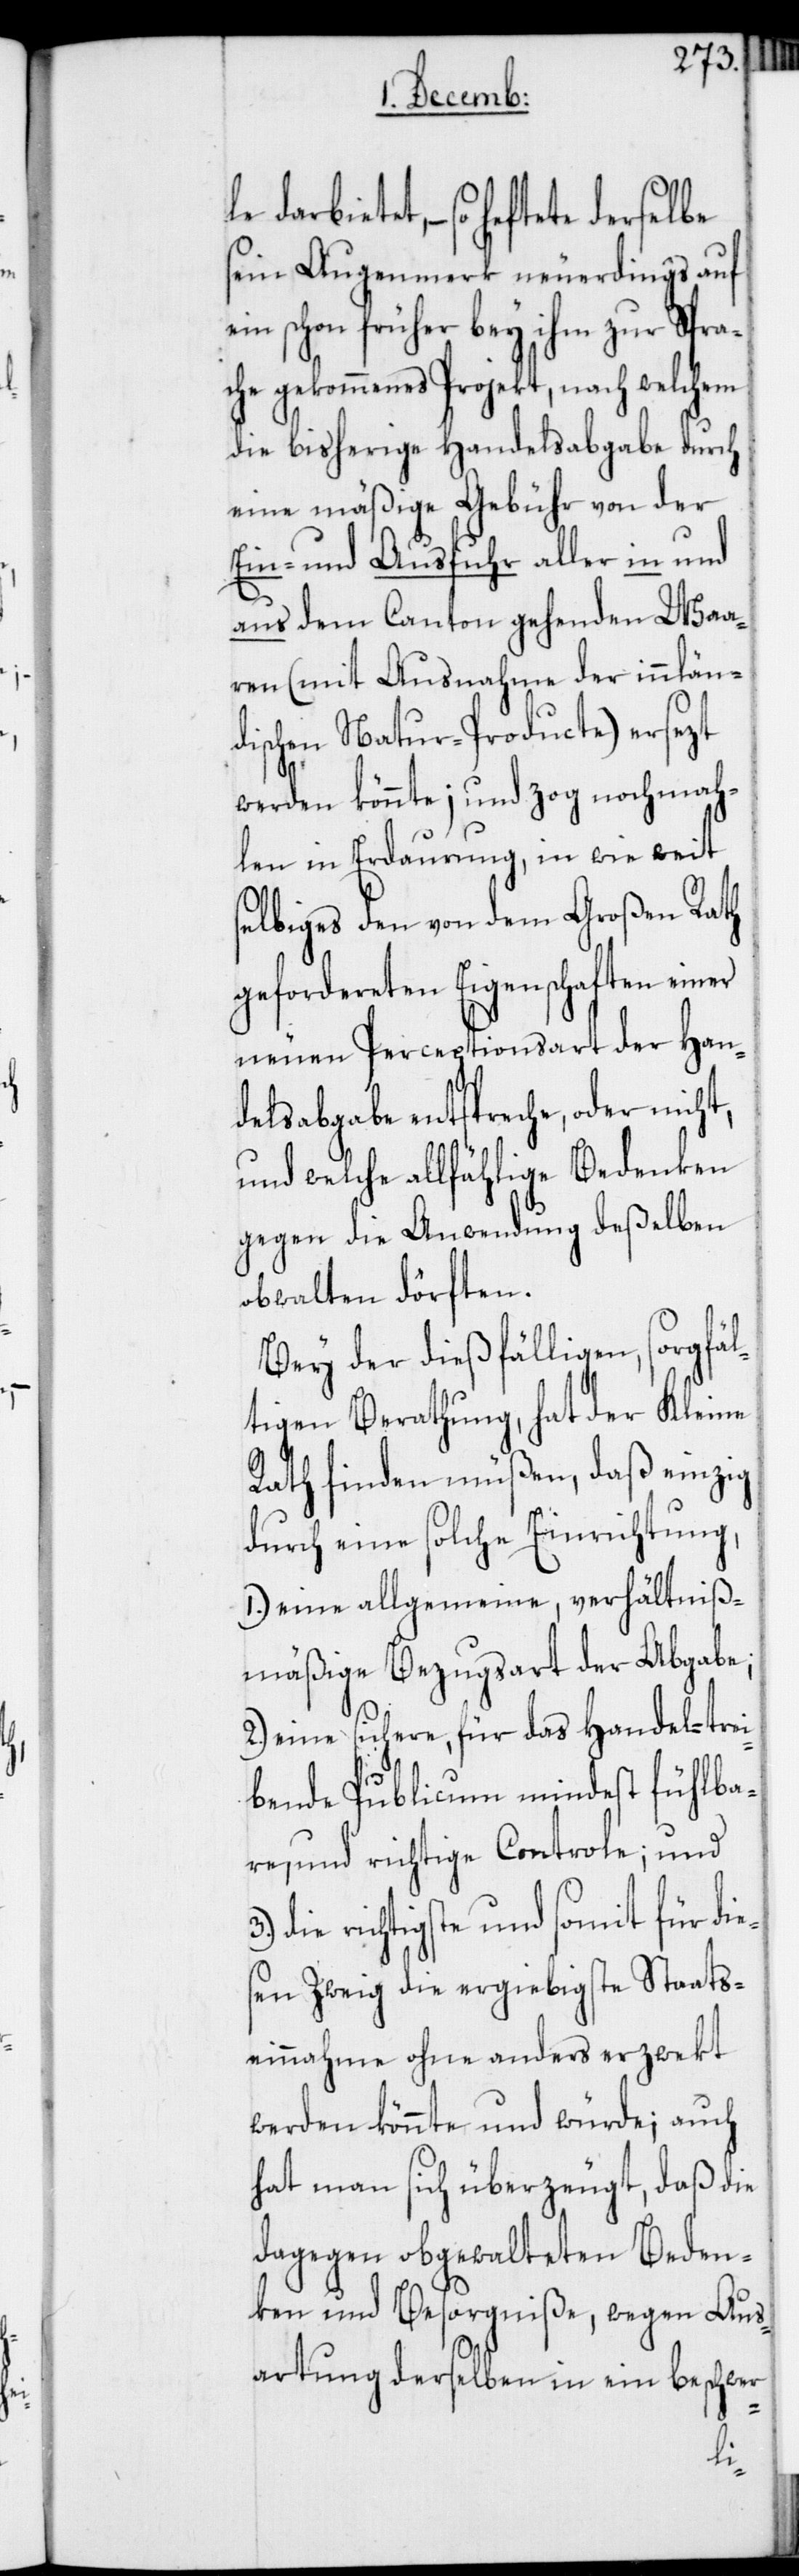
darbietet, – so heftete derselbe
sein Augenmerk neuerdings auf
ein schon früher bey ihm zur Spra¬
che gekommenes Projekt, nach welchem
die bisherige Handelsabgabe durch
eine mäßige Gebühr von der
Ein- und Ausfuhr aller in und
aus dem Canton gehenden Waa¬
ren (mit Ausnahme der innlän¬
dischen Natur-Producte) ersezt
werden könnte; und zog nochmah¬
len in Erdaurung, in wie weit
selbiges den von dem Großen Rath
gefordereten Eigenschaften einer
neuen Perceptionsart der Han¬
delsabgabe entspreche, oder nicht,
und welche allfählige Bedenken
gegen die Anwendung deßelben
obwalten dörften.
Bey der dießfälligen, sorgfäl¬
tigen Berathung, hat der Kleine
Rath finden müßen, daß einzig
durch eine solche Einrichtung,
1.) eine allgemeine, verhältniß¬
mäßige Bezugsart der Abgabe;
2.) eine sichere, für das Handel-trei¬
bende Publicum mindest fühlba¬
re, und richtige Controle; und
die richtigste und somit für die¬
sen Zweig die ergiebigste Staats¬
einnahme ohne anders erzwekt
werden könnte und würde; auch
hat man sich überzeugt, daß die
dagegen obgewalteten Beden¬
ken und Besorgniße, wegen Aus¬
artung derselben in ein beschwer-
le